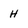
Character: H